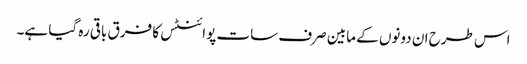
اس طرح ان دونوں کے مابین صرف سات پوائنٹس کا فرق باقی رہ گیا ہے۔